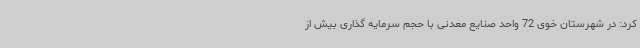
کرد: در شهرستان خوی 72 واحد صنایع معدنی با حجم سرمایه گذاری بیش از